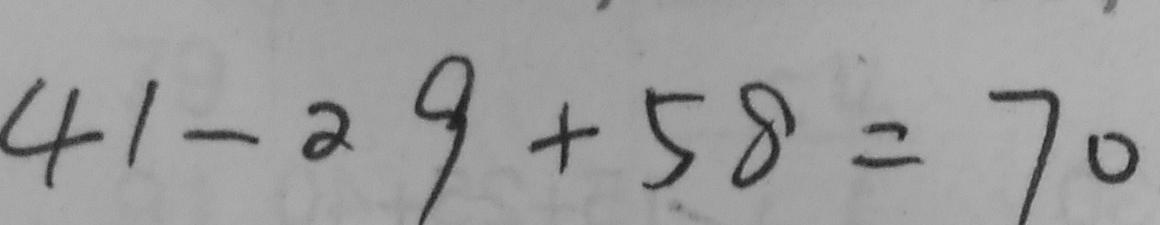
4 1 - 2 9 + 5 8 = 7 0